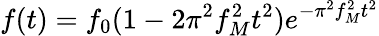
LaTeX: f(t)=f_{0}(1-2\pi^{2}f_{M}^{2}t^{2})e^{-\pi^{2}f_{M}^{2}t^{2}}